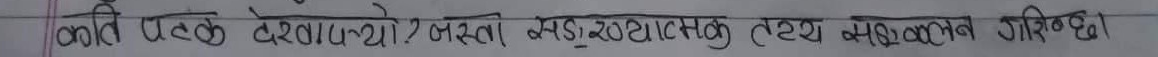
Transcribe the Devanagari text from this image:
कति पटक देखायो? जसले मटुखुन्टक तथ्य मयालय गरिखे।